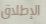
الإطلاق